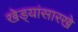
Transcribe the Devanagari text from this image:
खेड्यांसारखे